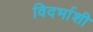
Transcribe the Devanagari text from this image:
विदर्भाशी